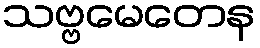
သဗ္ဗမေတေန